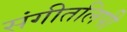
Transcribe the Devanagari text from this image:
संगीतलिपी